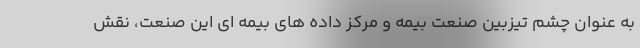
به عنوان چشم تیزبین صنعت بیمه و مرکز داده های بیمه ای این صنعت، نقش